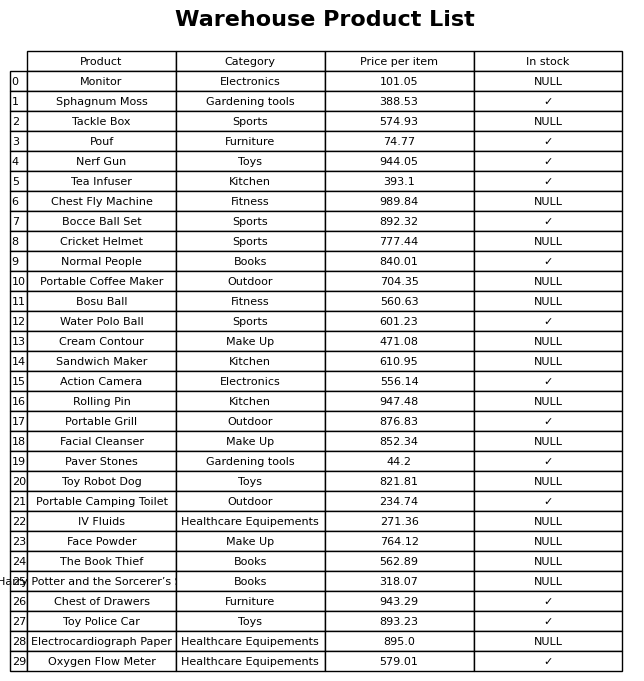
question: What is the price of the Bocce Ball Set?
answer: The price of Bocce Ball Set is 892.32.